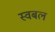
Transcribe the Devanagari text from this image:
स्वबल